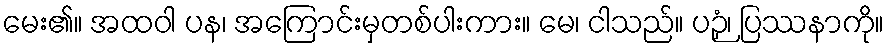
မေး၏။ အထဝါ ပန၊ အကြောင်းမှတစ်ပါးကား။ မေ၊ ငါသည်။ ပဉှံ၊ ပြဿနာကို။